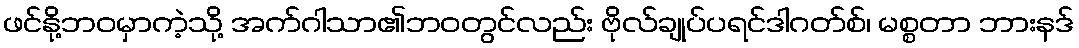
ဖင်နို့ဘဝမှာကဲ့သို့ အက်ဂါသာ၏ဘဝတွင်လည်း ဗိုလ်ချုပ်ပရင်ဒါဂတ်စ်၊ မစ္စတာ ဘားနဒ်